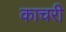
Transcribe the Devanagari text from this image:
काचरी